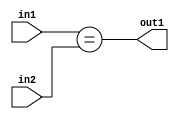
`timescale 1ps / 1ps
/*****************************************************************************
    Verilog RTL Description
    
    
    Created by: Stratus DpOpt 21.05.01 
*******************************************************************************/

module SobelFilter_Equal_6Ux3U_1U_4 (
	in2,
	in1,
	out1
	); /* architecture "behavioural" */ 
input [5:0] in2;
input [2:0] in1;
output  out1;
wire  asc001;

assign asc001 = (in1==in2);

assign out1 = asc001;
endmodule

/* CADENCE  ubDxTg8= : u9/ySxbfrwZIxEzHVQQV8Q== ** DO NOT EDIT THIS LINE ******/